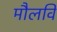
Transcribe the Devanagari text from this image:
मौलवि